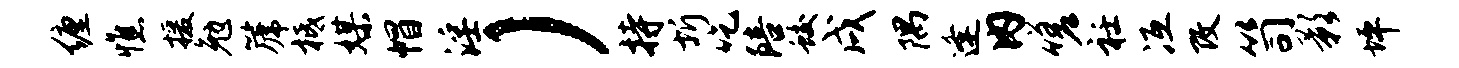
缠憔援勉篪柢媒帽淫）持圻吃陪蛟戌隅逢内嗟衽冱改笥影坪